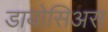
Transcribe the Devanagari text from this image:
डायोसिअस